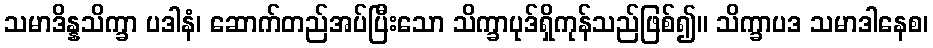
သမာဒိန္နသိက္ခာ ပဒါနံ၊ ဆောက်တည်အပ်ပြီးသော သိက္ခာပုဒ်ရှိကုန်သည်ဖြစ်၍။ သိက္ခာပဒ သမာဒါနေစ၊